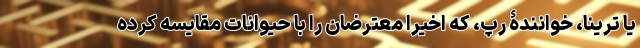
یا ترینا، خوانندۀ رپ، که اخیراً معترضان را با حیوانات مقایسه کرده